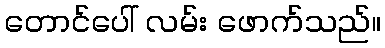
တောင်ပေါ် လမ်း ဖောက်သည်။